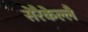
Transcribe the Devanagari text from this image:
सेरैकेल्लै